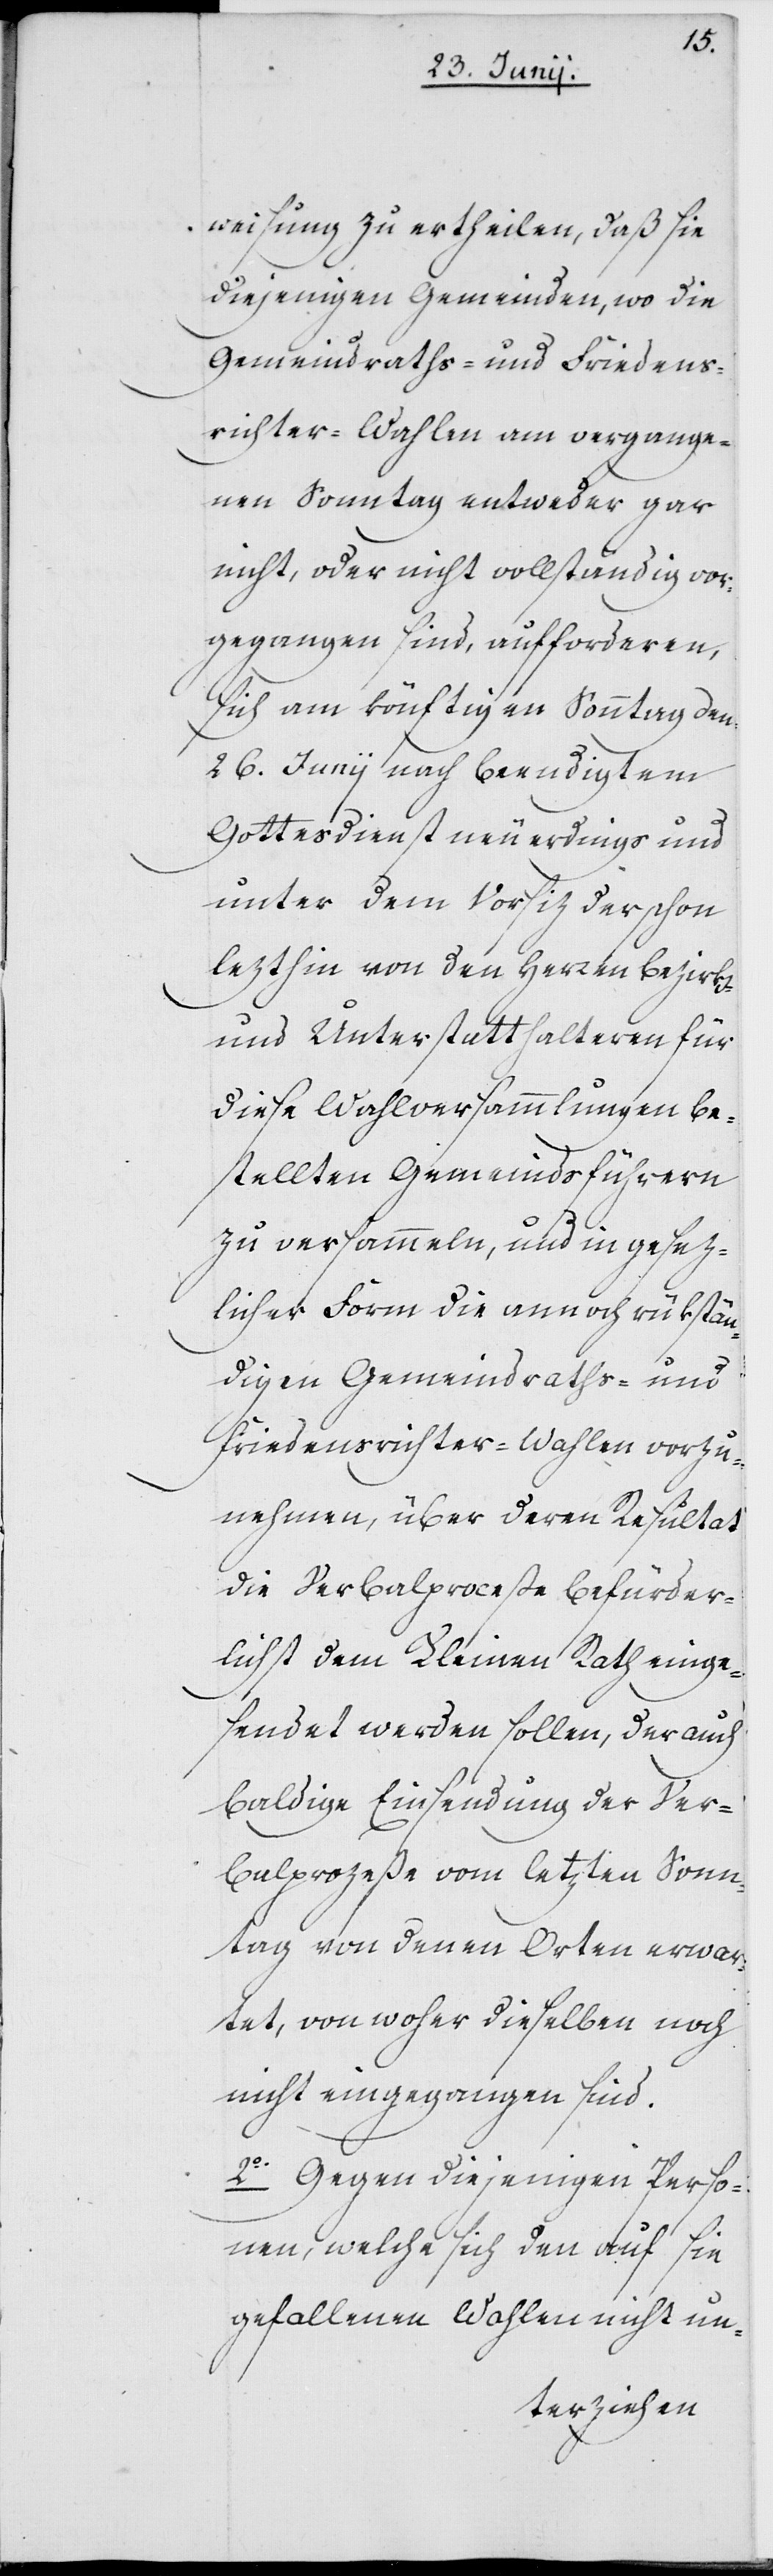
weisung zu ertheilen, daß sie
diejenigen Gemeinden, wo die
Gemeindraths- und Friedens¬
richter-Wahlen am vergange¬
nen Sonntag entweder gar
nicht, oder nicht vollständig vor¬
gegangen sind, aufforderen,
sich am könftigen Sonntag den
26. Junii nach beendigtem
Gottesdienst neuerdings und
unter dem Vorsiz der schon
lezthin von den Herren Bezirks-
und Unterstatthalteren für
diese Wahlversammlungen be¬
stellten Gemeindsführern
zu versammeln, und in gesez¬
licher Form die annoch rükstän¬
digen Gemeindraths- und
Friedensrichter-Wahlen vorzu¬
nehmen, über deren Resultat
die Verbalproceße befürder¬
lichst dem Kleinen Rath einge¬
sendet werden sollen, der auch
baldige Einsendung der Ver¬
balprozeße vom letzten Sonn¬
tag von denen Orten erwar¬
tet, von woher dieselben noch
nicht eingegangen sind.
2o Gegen diejenigen Perso¬
nen, welche sich den auf sie
gefallenen Wahlen nicht un-